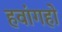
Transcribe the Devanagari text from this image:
हवांगहो